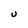
Character: U